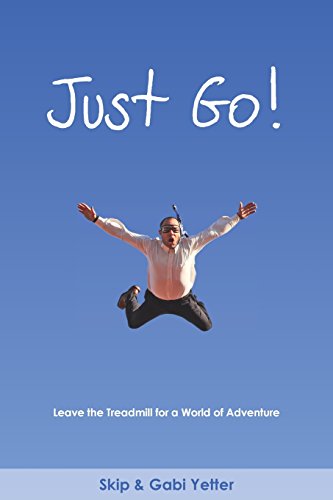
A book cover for JUST GO!  Leave the Treadmill  for a World of Adventure; Gabrielle Yetter; Travel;